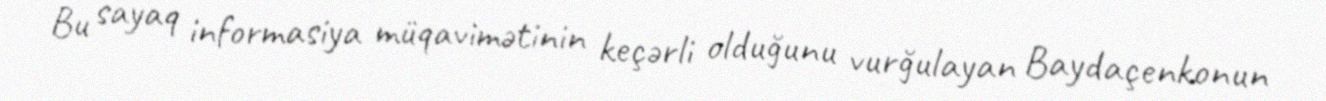
Bu sayaq informasiya müqavimətinin keçərli olduğunu vurğulayan Baydaçenkonun